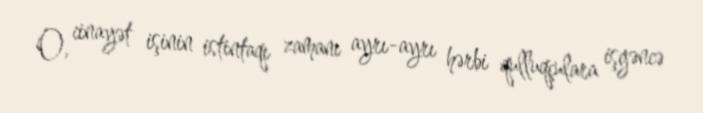
O, cinayət işinin istintaqı zamanı ayrı-ayrı hərbi qulluqçulara işgəncə